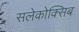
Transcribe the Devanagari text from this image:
सलेकोक्सिब